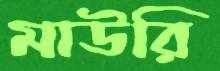
মাউরি